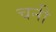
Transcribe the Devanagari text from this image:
चनी